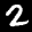
Label: 2